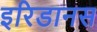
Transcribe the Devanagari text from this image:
इरिडानस